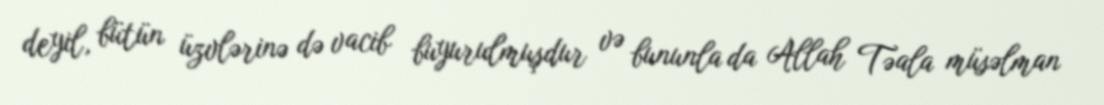
deyil, bütün üzvlərinə də vacib buyurulmuşdur və bununla da Allah Təala müsəlman